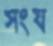
সংয